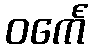
ဝင်္ကေ